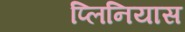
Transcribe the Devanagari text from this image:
प्लिनियास